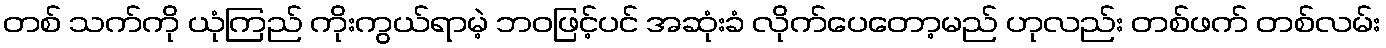
တစ် သက်ကို ယုံကြည် ကိုးကွယ်ရာမဲ့ ဘဝဖြင့်ပင် အဆုံးခံ လိုက်ပေတော့မည် ဟုလည်း တစ်ဖက် တစ်လမ်း